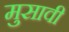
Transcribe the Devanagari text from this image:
मुसावी